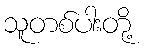
သူတစ်ပါးတို့